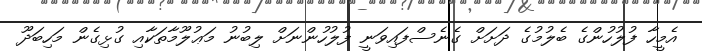
އެމީހާ ފުލުހުންގެ ބެލުމުގެ ދަށަށް ގެނެސްފައިވަނީ ފުލުހުންނަށް ލިބުނު މަޢުލޫމާތަކާއި ގުޅިގެން މަހިބަދޫ